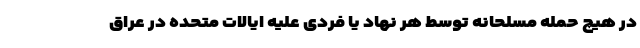
در هیچ حمله مسلحانه توسط هر نهاد یا فردی علیه ایالات متحده در عراق